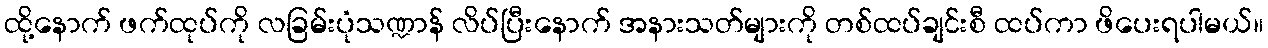
ထို့နောက် ဖက်ထုပ်ကို လခြမ်းပုံသဏ္ဍာန် လိပ်ပြီးနောက် အနားသတ်များကို တစ်ထပ်ချင်းစီ ထပ်ကာ ဖိပေးရပါမယ်။